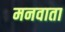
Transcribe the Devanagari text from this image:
मनवाता